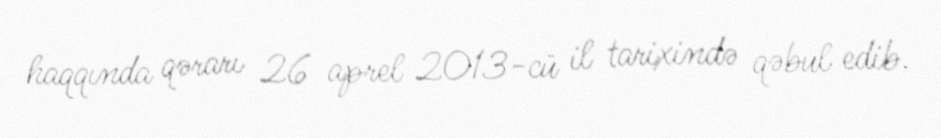
haqqında qərarı 26 aprel 2013-cü il tarixində qəbul edib.